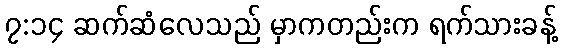
၇:၁၄ ဆက်ဆံလေသည် မှာကတည်းက ရက်သားခန့်